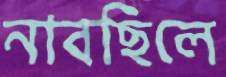
নাবছিলে